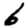
Digit: 6